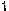
1